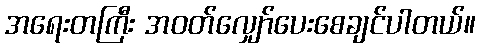
အရေးတကြီး အဝတ်လျှော်ပေးစေချင်ပါတယ်။